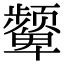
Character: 颦